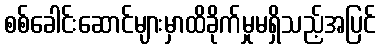
စစ်ခေါင်းဆောင်များမှာထိခိုက်မှုမရှိသည့်အပြင်